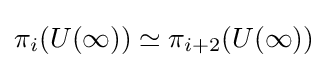
\pi _{i}(U(\infty ))\simeq \pi _{i+2}(U(\infty ))